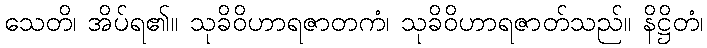
သေတိ၊ အိပ်ရ၏။ သုခိဝိဟာရဇာတကံ၊ သုခိဝိဟာရဇာတ်သည်။ နိဋ္ဌိတံ၊